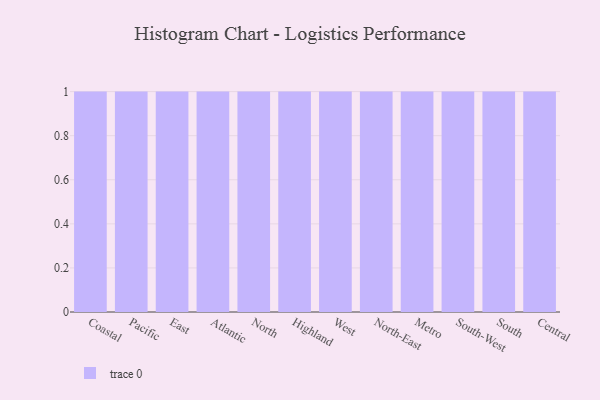
{"axis": {"x": "Region", "y": "Active Users"}, "legend": [""], "data": [{"x": "Coastal", "y": 56, "type": ""}, {"x": "Pacific", "y": 83, "type": ""}, {"x": "East", "y": 68, "type": ""}, {"x": "Atlantic", "y": 95, "type": ""}, {"x": "North", "y": 90, "type": ""}, {"x": "Highland", "y": 12, "type": ""}, {"x": "West", "y": 86, "type": ""}, {"x": "North-East", "y": 58, "type": ""}, {"x": "Metro", "y": 29, "type": ""}, {"x": "South-West", "y": 80, "type": ""}, {"x": "South", "y": 52, "type": ""}, {"x": "Central", "y": 23, "type": ""}]}